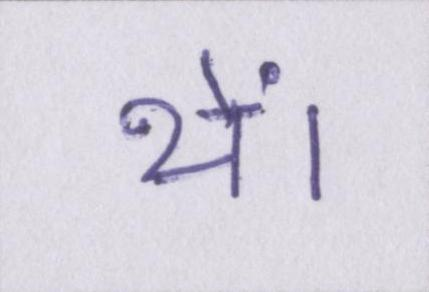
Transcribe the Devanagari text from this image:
थें।